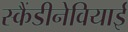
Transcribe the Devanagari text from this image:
स्कैंडीनेवियाई